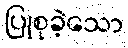
ပြုစုခဲ့သော